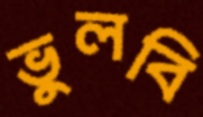
ভুলবি